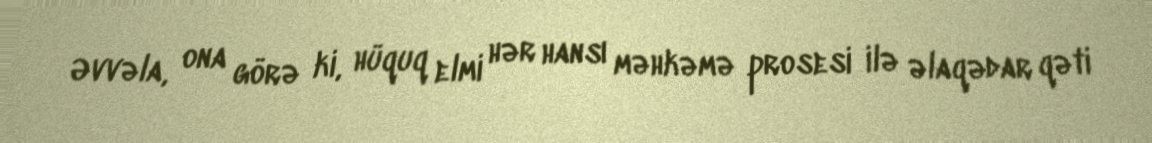
Əvvəla, ona görə ki, hüquq elmi hər hansı məhkəmə prosesi ilə əlaqədar qəti